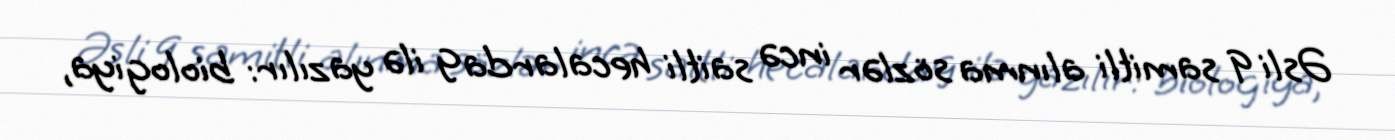
Əsli q samitli alınma sözlər incə saitli hecalarda g ilə yazılır: biologiya,